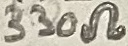
Text: 330Ω